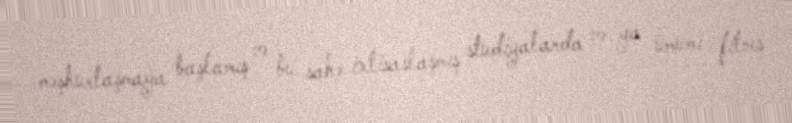
məşhurlaşmağa başlamış və bu sahə ixtisaslaşmış studiyalarda və ya ümumi fitnes